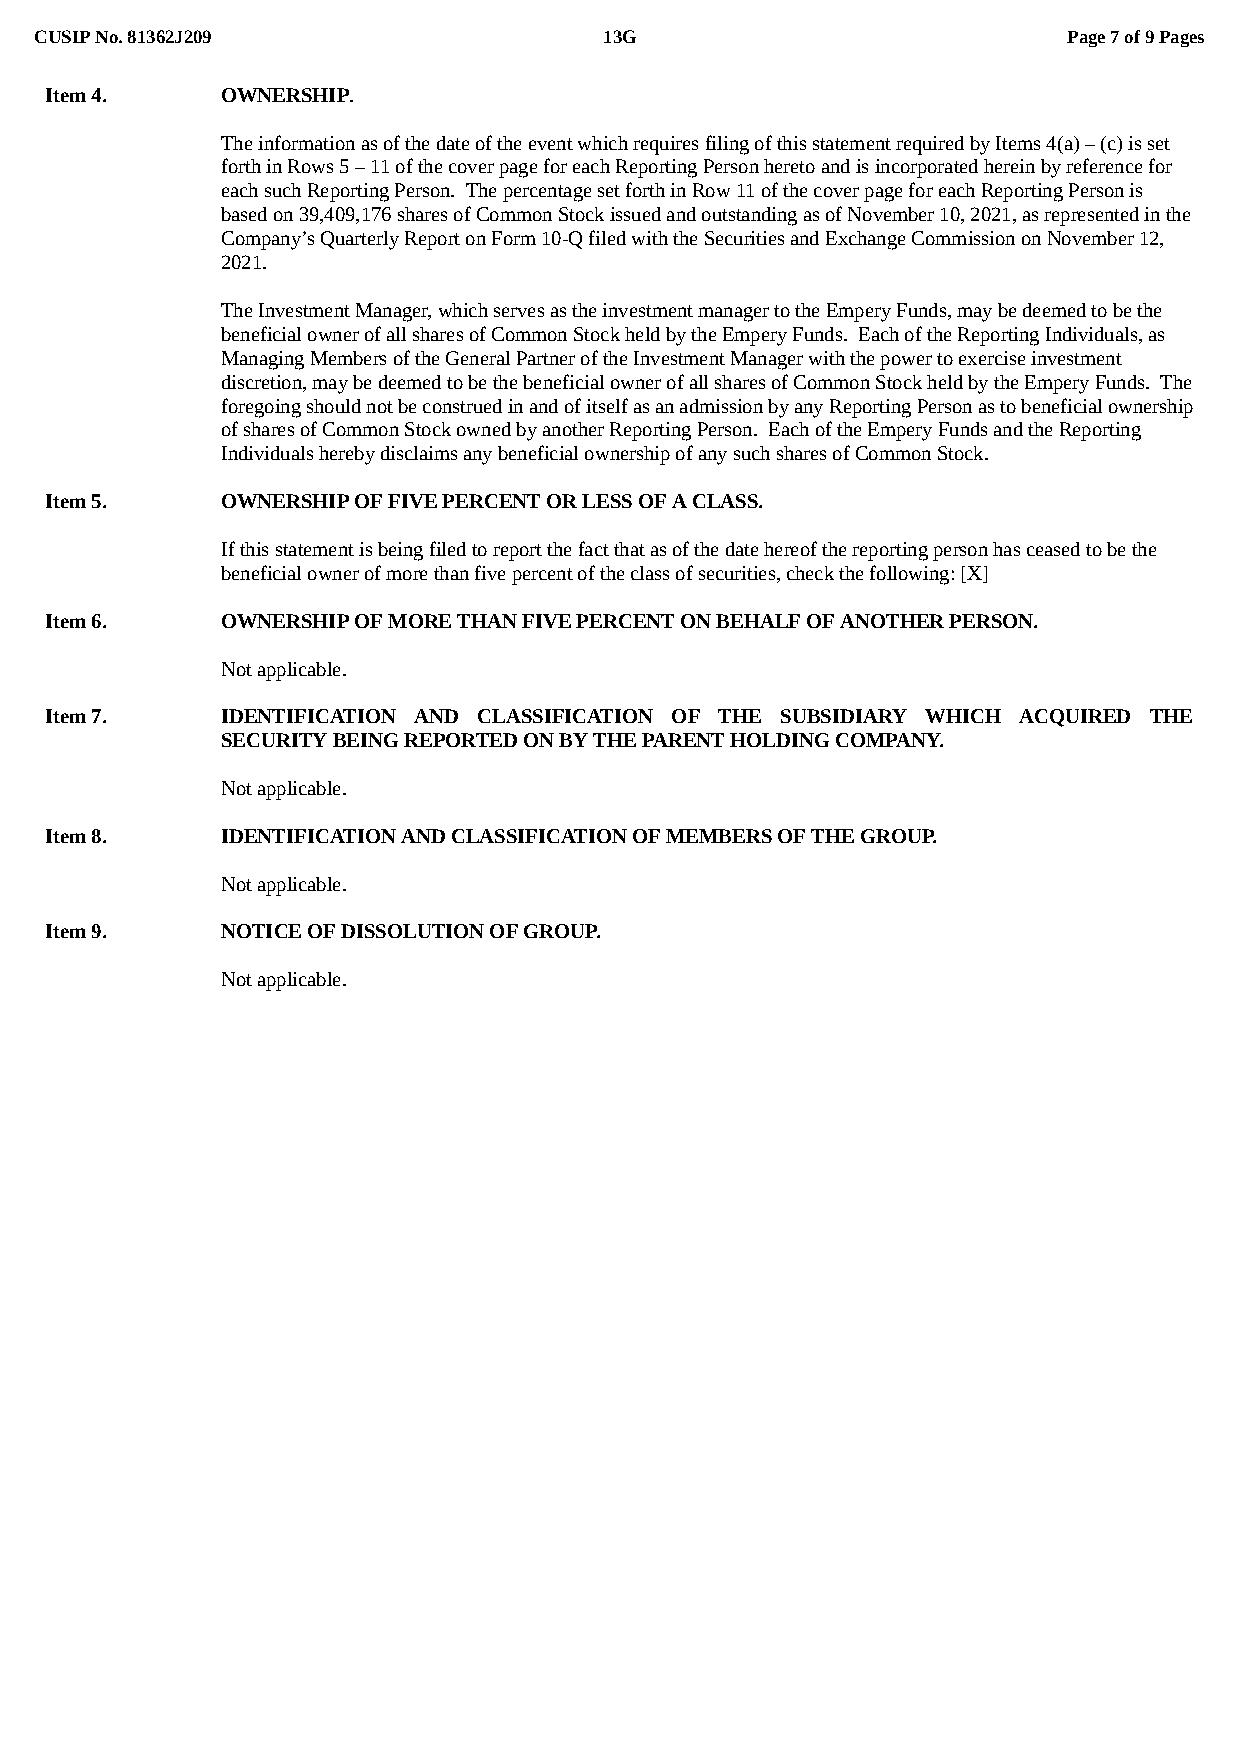
CUSIP No. 81362J209                   13G                            Page 7 of 9 Pages
 Item 4.     OWNERSHIP.
 The information as of the date of the event which requires filing of this statement required by Items 4(a) – (c) is set
 forth in Rows 5 – 11 of the cover page for each Reporting Person hereto and is incorporated herein by reference for
 each such Reporting Person. The percentage set forth in Row 11 of the cover page for each Reporting Person is
 based on 39,409,176 shares of Common Stock issued and outstanding as of November 10, 2021, as represented in the
 Company’s Quarterly Report on Form 10-Q filed with the Securities and Exchange Commission on November 12,
 2021.
 The Investment Manager, which serves as the investment manager to the Empery Funds, may be deemed to be the
 beneficial owner of all shares of Common Stock held by the Empery Funds. Each of the Reporting Individuals, as
 Managing Members of the General Partner of the Investment Manager with the power to exercise investment
 discretion, may be deemed to be the beneficial owner of all shares of Common Stock held by the Empery Funds. The
 foregoing should not be construed in and of itself as an admission by any Reporting Person as to beneficial ownership
 of shares of Common Stock owned by another Reporting Person. Each of the Empery Funds and the Reporting
 Individuals hereby disclaims any beneficial ownership of any such shares of Common Stock.
 Item 5.     OWNERSHIP OF FIVE PERCENT OR LESS OF A CLASS.
 If this statement is being filed to report the fact that as of the date hereof the reporting person has ceased to be the
 beneficial owner of more than five percent of the class of securities, check the following: [X]
 Item 6.     OWNERSHIP OF MORE THAN FIVE PERCENT ON BEHALF OF ANOTHER PERSON.
 Not applicable.
 Item 7.     IDENTIFICATION AND CLASSIFICATION OF THE SUBSIDIARY WHICH ACQUIRED THE
 SECURITY BEING REPORTED ON BY THE PARENT HOLDING COMPANY.
 Not applicable.
 Item 8.     IDENTIFICATION AND CLASSIFICATION OF MEMBERS OF THE GROUP.
 Not applicable.
 Item 9.     NOTICE OF DISSOLUTION OF GROUP.
 Not applicable.